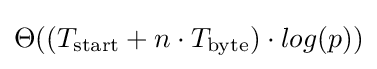
\Theta ((T_{\text{start}}+n\cdot T_{\text{byte}})\cdot log(p))